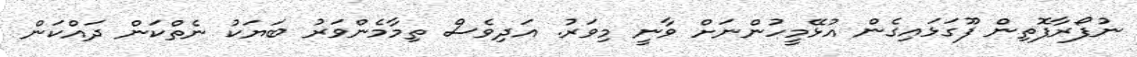
ނުފޯރާފޮތިން ފޫގަޅައިގެން އުޅޭމީހުންނަށް ވާނީ މިވަރު. އަދިވެސް ތިމާމެންވަރު ބަޔަކު ނެތްކަން ދައްކަން